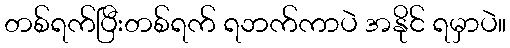
တစ်ရက်ပြီးတစ်ရက် ရဘက်ကာပဲ အနိုင် ရမှာပဲ။